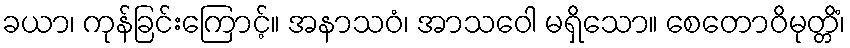
ခယာ၊ ကုန်ခြင်းကြောင့်။ အနာသဝံ၊ အာသဝေါ မရှိသော။ စေတောဝိမုတ္တိံ၊